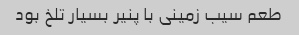
طعم سیب زمینی با پنیر بسیار تلخ بود